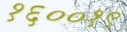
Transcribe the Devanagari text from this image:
१६००१९